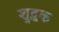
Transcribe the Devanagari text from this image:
शुद्धक